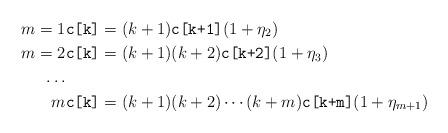
LaTeX: \begin{align*}m=1&\texttt{c[k]} = (k+1)\texttt{c[k+1]}(1+\eta_2)\\m=2&\texttt{c[k]} = (k+1)(k+2)\texttt{c[k+2]}(1+\eta_3)\\\dots\\m& \texttt{c[k]} = (k+1)(k+2)\cdots (k+m)\texttt{c[k+m]}(1+\eta_{m+1})\end{align*}